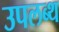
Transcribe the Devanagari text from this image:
उपलब्थ